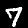
Digit: 7